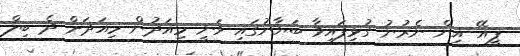
ޕީއޭ އިން ނެރުނު ގުޅިފައިވާ ބަޔާނުގައި ވަނީ މިއަދުން މިއަދަށް ދެ ބިލް